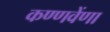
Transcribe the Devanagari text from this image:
कण्णवेंणा